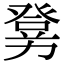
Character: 𤼶